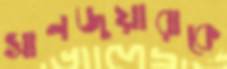
সানজুয়ারাকে